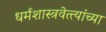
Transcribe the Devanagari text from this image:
धर्मशास्त्रवेत्त्यांच्या